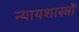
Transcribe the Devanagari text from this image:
न्यायशास्त्रों